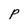
Character: p